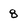
Character: 8